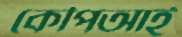
কেপিআই